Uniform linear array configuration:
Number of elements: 16
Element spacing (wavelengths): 0.75
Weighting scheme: exponential
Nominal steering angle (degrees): -15
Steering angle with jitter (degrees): -13.56
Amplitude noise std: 0.05
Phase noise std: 0.05

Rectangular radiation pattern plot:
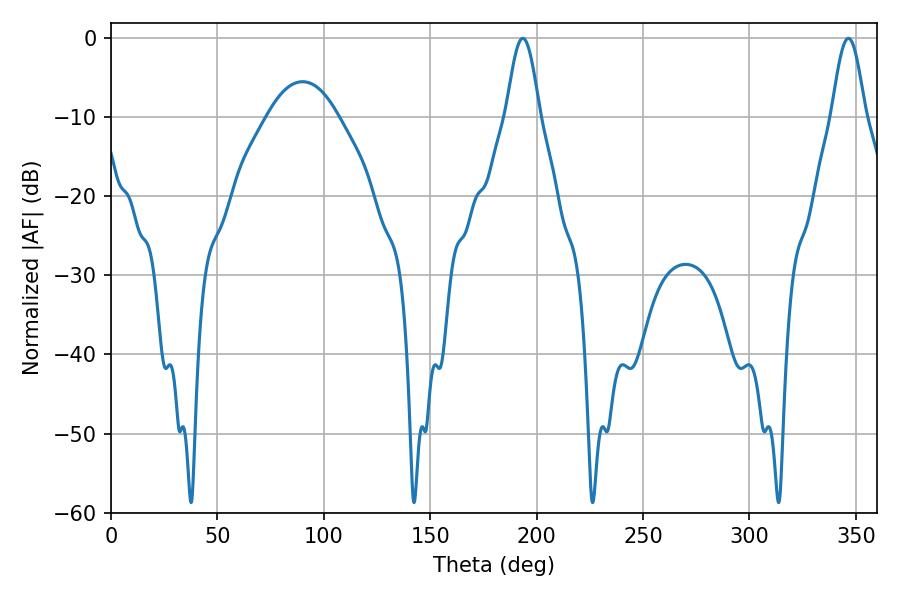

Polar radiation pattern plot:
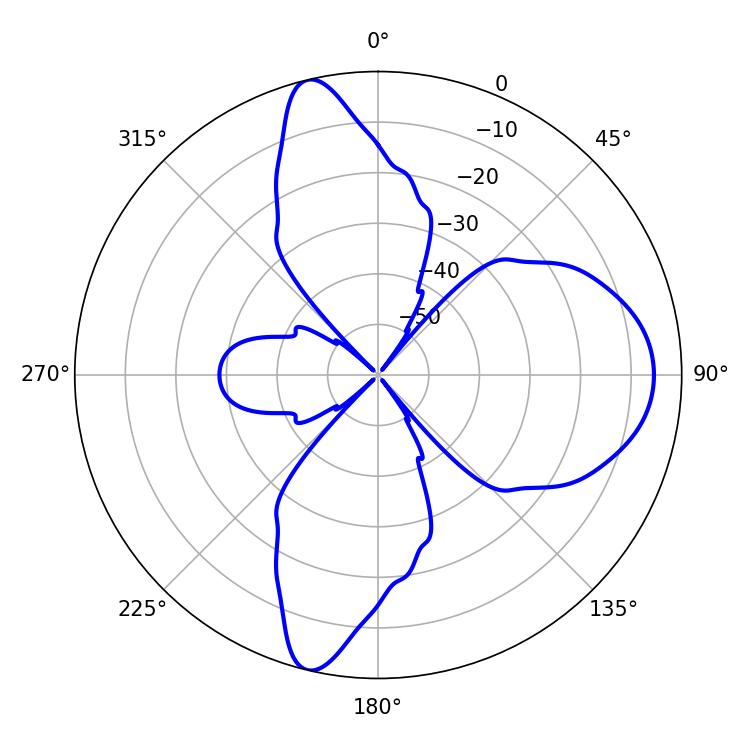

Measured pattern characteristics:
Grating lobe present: TRUE
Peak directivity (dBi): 14.592
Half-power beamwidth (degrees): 8.28
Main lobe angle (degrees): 193.5